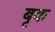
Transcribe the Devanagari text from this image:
बृक